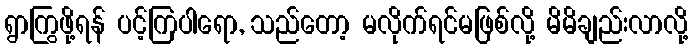
ရွာကြွဖို့ရန် ပင့်ကြပါရော, သည်တော့ မလိုက်ရင်မဖြစ်လို့ မိမိချည်းလာလို့